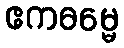
ဧကဓမ္မေ